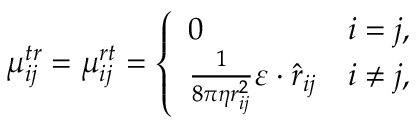
\mu _ { i j } ^ { t r } = \mu _ { i j } ^ { r t } = \left\{ \begin{array} { l l } { 0 } & { i = j , } \\ { \frac { 1 } { 8 \pi \eta r _ { i j } ^ { 2 } } \boldsymbol { \varepsilon } \cdot \hat { \boldsymbol { r } } _ { i j } } & { i \neq j , } \end{array} \right.